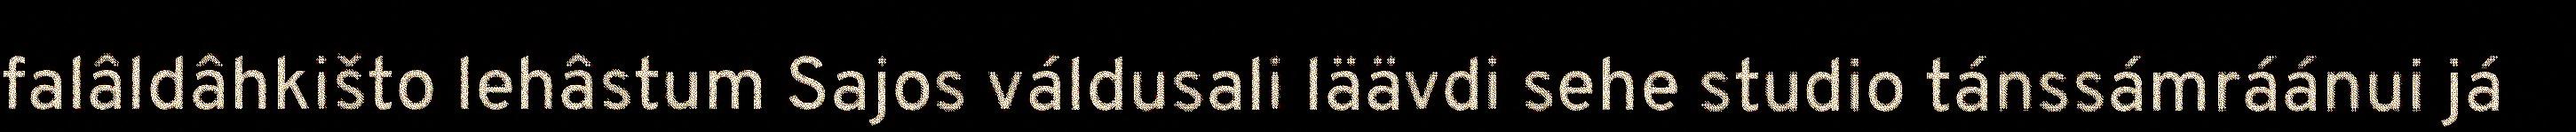
falâldâhkišto lehâstum Sajos váldusali läävdi sehe studio tánssámráánui já